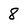
Character: 8